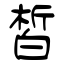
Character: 皙